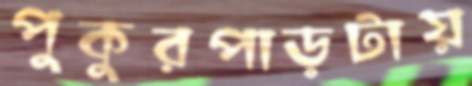
পুকুরপাড়টায়